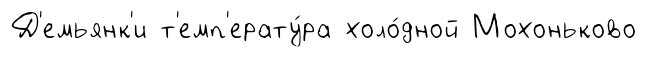
Д'емьянк'и т'емп'ерату́ра холо́дной Мохоньково